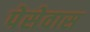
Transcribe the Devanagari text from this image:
पेसेवास